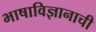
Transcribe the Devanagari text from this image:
भाषाविज्ञानाची